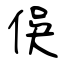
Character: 俁